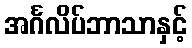
အင်္ဂလိပ်ဘာသာနှင့်